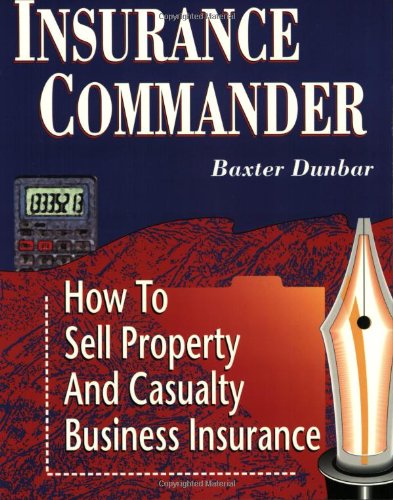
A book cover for Insurance Commander: How to Sell Property and Casualty Business Insurance; Baxter Dunbar; Business & Money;